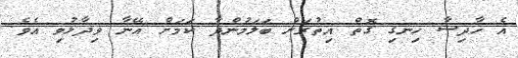
އެ ހާދިސާ ހިނގި ގޮތް އިތުރަށް ބަލަމުންދާ ކަމަށް އޭނާ ވިދާޅުވި އެވެ.